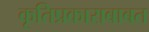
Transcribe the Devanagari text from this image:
कृतिप्रकाराबाबत